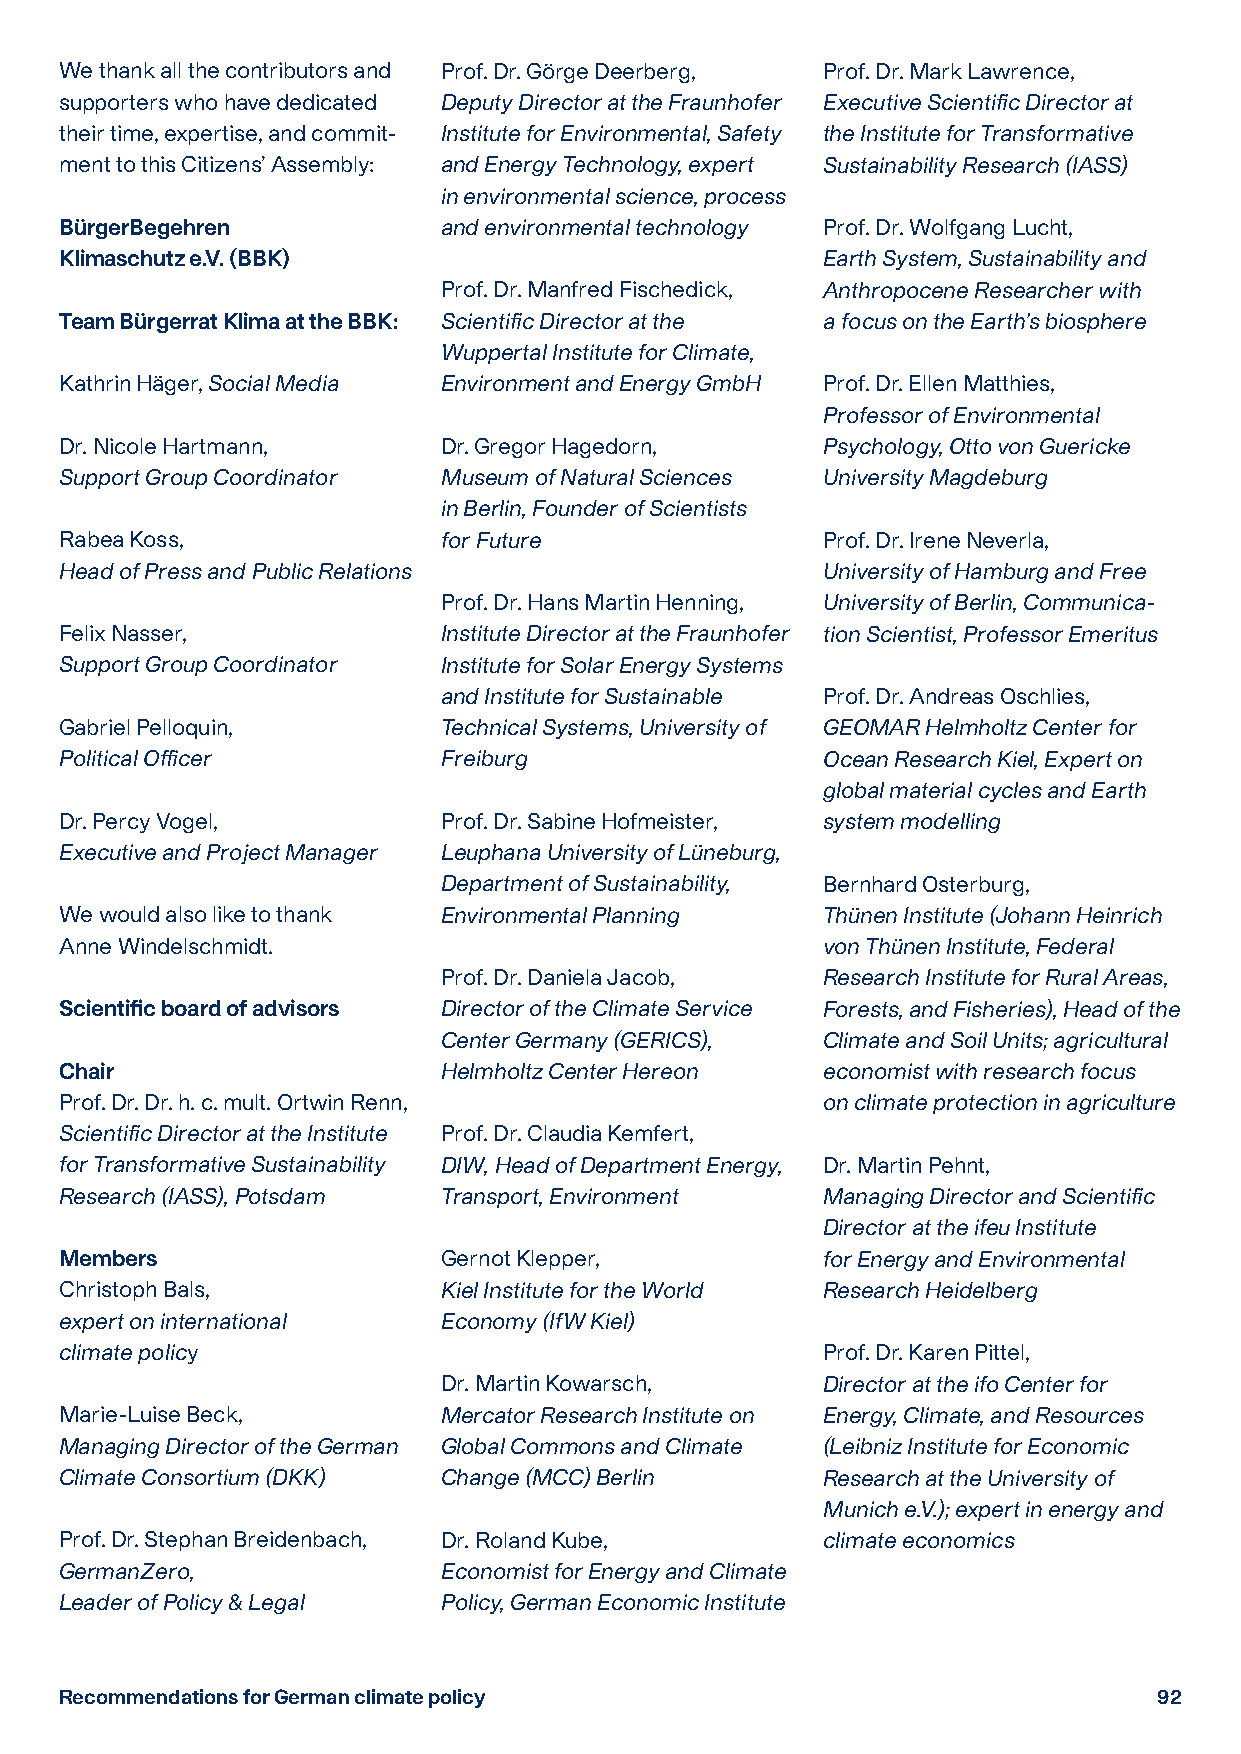
We thank all the contributors and Prof. Dr. Görge Deerberg, Prof. Dr. Mark Lawrence,
 supporters who have dedicated Deputy Director at the Fraunhofer Executive Scientific Director at
 their time, expertise, and commit- Institute for Environmental, Safety the Institute for Transformative
 ment to this Citizens’ Assembly: and Energy Technology, expert Sustainability Research (IASS)
 in environmental science, process
 BürgerBegehren           and environmental technology Prof. Dr. Wolfgang Lucht,
 Klimaschutz e.V. (BBK)                            Earth System, Sustainability and
 Prof. Dr. Manfred Fischedick, Anthropocene Researcher with
 Team Bürgerrat Klima at the BBK: Scientific Director at the a focus on the Earth’s biosphere
 Wuppertal Institute for Climate,
 Kathrin Häger, Social Media Environment and Energy GmbH Prof. Dr. Ellen Matthies,
 Professor of Environmental
 Dr. Nicole Hartmann,     Dr. Gregor Hagedorn,     Psychology, Otto von Guericke
 Support Group Coordinator Museum of Natural Sciences University Magdeburg
 in Berlin, Founder of Scientists
 Rabea Koss,              for Future               Prof. Dr. Irene Neverla,
 Head of Press and Public Relations                University of Hamburg and Free
 Prof. Dr. Hans Martin Henning, University of Berlin, Communica-
 Felix Nasser,            Institute Director at the Fraunhofer tion Scientist, Professor Emeritus
 Support Group Coordinator Institute for Solar Energy Systems
 and Institute for Sustainable Prof. Dr. Andreas Oschlies,
 Gabriel Pelloquin,       Technical Systems, University of GEOMAR Helmholtz Center for
 Political Officer        Freiburg                 Ocean Research Kiel, Expert on
 global material cycles and Earth
 Dr. Percy Vogel,         Prof. Dr. Sabine Hofmeister, system modelling
 Executive and Project Manager Leuphana University of Lüneburg,
 Department of Sustainability, Bernhard Osterburg,
 We would also like to thank Environmental Planning Thünen Institute (Johann Heinrich
 Anne Windelschmidt.                               von Thünen Institute, Federal
 Prof. Dr. Daniela Jacob, Research Institute for Rural Areas,
 Scientific board of advisors Director of the Climate Service Forests, and Fisheries), Head of the
 Center Germany (GERICS), Climate and Soil Units; agricultural
 Chair                    Helmholtz Center Hereon  economist with research focus
 Prof. Dr. Dr. h. c. mult. Ortwin Renn,            on climate protection in agriculture
 Scientific Director at the Institute Prof. Dr. Claudia Kemfert,
 for Transformative Sustainability DIW, Head of Department Energy, Dr. Martin Pehnt,
 Research (IASS), Potsdam Transport, Environment   Managing Director and Scientific
 Director at the ifeu Institute
 Members                  Gernot Klepper,          for Energy and Environmental
 Christoph Bals,          Kiel Institute for the World Research Heidelberg
 expert on international  Economy (IfW Kiel)
 climate policy                                    Prof. Dr. Karen Pittel,
 Dr. Martin Kowarsch,     Director at the ifo Center for
 Marie-Luise Beck,        Mercator Research Institute on Energy, Climate, and Resources
 Managing Director of the German Global Commons and Climate (Leibniz Institute for Economic
 Climate Consortium (DKK) Change (MCC) Berlin      Research at the University of
 Munich e.V.); expert in energy and
 Prof. Dr. Stephan Breidenbach, Dr. Roland Kube,   climate economics
 GermanZero,              Economist for Energy and Climate
 Leader of Policy & Legal Policy, German Economic Institute
 Recommendations for German climate policy                                92